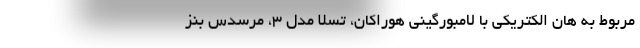
مربوط به هان الکتریکی با لامبورگینی هوراکان، تسلا مدل 3، مرسدس بنز